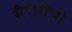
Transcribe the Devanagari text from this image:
सैरंध्रीची